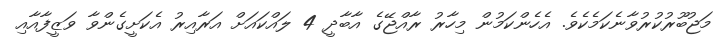
މަޖުބޫރުކުރުވާނެކަމެކެވެ. އެހެންކަމުން މިހާރު ރާއްޖޭގެ އާބާދީ 4 ލައްކައަށް އަރާއިރު އެކަށީގެންވާ ވަޒީފާއާއި